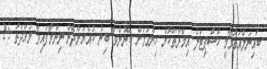
ބައިނަލްއަގުވާމީ ހޮސްޕިޓަލް އިމާރާތްކޮށް ހިންގުމަށް ބޭނުންވާ ބިން ކުއްޔަށްދޭން ނިންމާފައިވާ މުއްދަތު 25